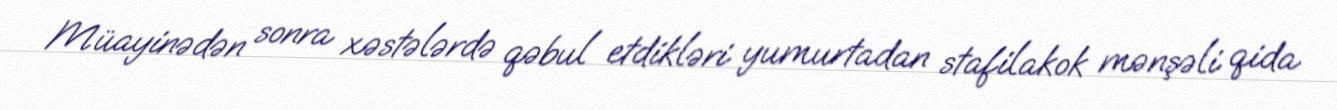
Müayinədən sonra xəstələrdə qəbul etdikləri yumurtadan stafilakok mənşəli qida